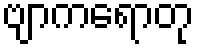
ဗျာကရောတု